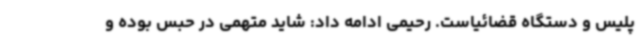
پلیس و دستگاه قضائیاست. رحیمی ادامه داد: شاید متهمی در حبس بوده و